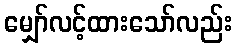
မျှော်လင့်ထားသော်လည်း